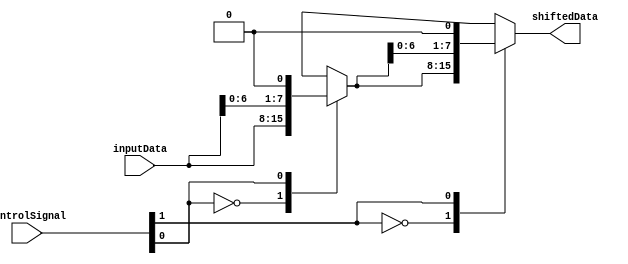
module BarrelShifter(
    input [7:0] inputData,
    input [2:0] controlSignal,
    output reg [7:0] shiftedData
);

reg [7:0] tempData;

// Node 0
always @(*)
begin
    case(controlSignal[0])
        3'b000: tempData = inputData; // No shift
        3'b001: tempData = inputData << 1; // Shift left by 1
        3'b010: tempData = inputData << 2; // Shift left by 2
        3'b011: tempData = inputData << 3; // Shift left by 3
        3'b100: tempData = inputData >> 1; // Shift right by 1
        3'b101: tempData = inputData >> 2; // Shift right by 2
        3'b110: tempData = inputData >> 3; // Shift right by 3
        default: tempData = 8'h00; // Invalid shift
    endcase
end

// Node 1
always @(*)
begin
    case(controlSignal[1])
        3'b000: shiftedData = tempData; // No shift
        3'b001: shiftedData = tempData << 1; // Shift left by 1
        3'b010: shiftedData = tempData << 2; // Shift left by 2
        3'b011: shiftedData = tempData << 3; // Shift left by 3
        3'b100: shiftedData = tempData >> 1; // Shift right by 1
        3'b101: shiftedData = tempData >> 2; // Shift right by 2
        3'b110: shiftedData = tempData >> 3; // Shift right by 3
        default: shiftedData = 8'h00; // Invalid shift
    endcase
end

endmodule